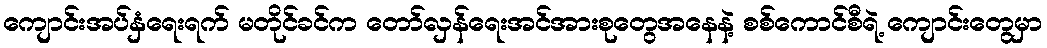
ကျောင်းအပ်နှံရေးရက် မတိုင်ခင်က တော်လှန်ရေးအင်အားစုတွေအနေနဲ့ စစ်ကောင်စီရဲ့ ကျောင်းတွေမှာ